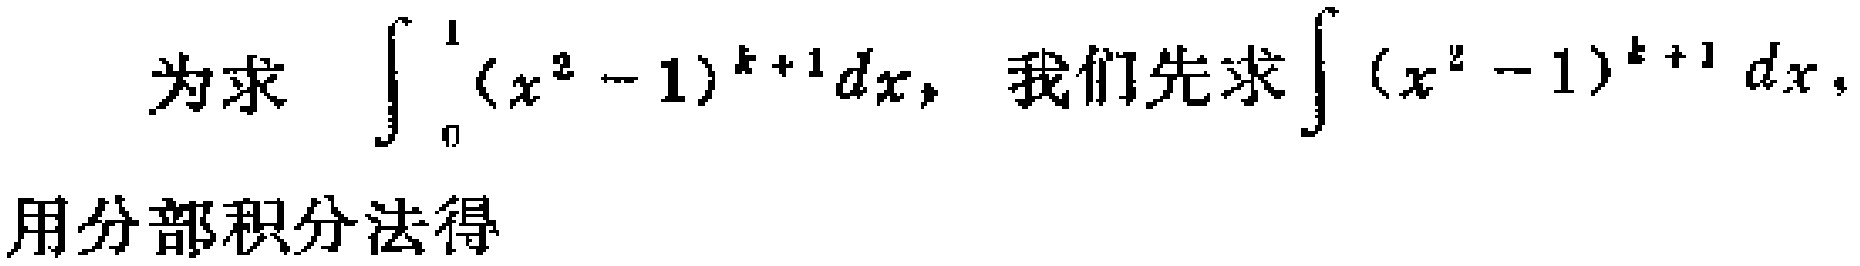
为求 $\int_{0}^{1}(x^{2}-1)^{k + 1}dx$，我们先求 $\int (x^{2}-1)^{k + 1}dx$，

用分部积分法得